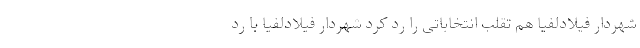
شهردار فیلادلفیا هم تقلب انتخاباتی را رد کرد شهردار فیلادلفیا با رد